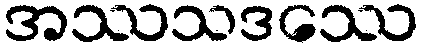
အဿသဒဿေ